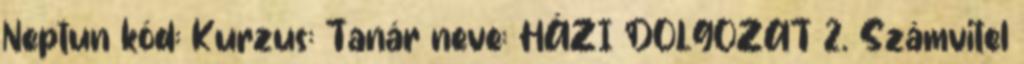
Neptun kód: Kurzus: Tanár neve: HÁZI DOLGOZAT 2. Számvitel